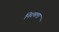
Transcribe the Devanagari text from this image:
निरमला